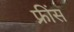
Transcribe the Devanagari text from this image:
फ्रींस